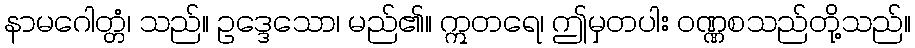
နာမဂေါတ္တံ၊ သည်။ ဥဒ္ဒေသော၊ မည်၏။ ဣတရေ၊ ဤမှတပါး ဝဏ္ဏစသည်တို့သည်။